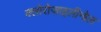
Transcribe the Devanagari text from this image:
क्लोरोज़ाइलीनोल